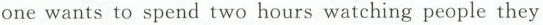
one wants to spend two hours watching people they